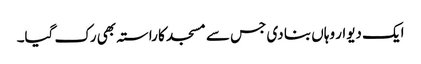
ایک دیوار وہاں بنا دی جس سے مسجد کا راستہ بھی رک گیا۔